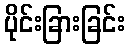
ပိုင်းခြားခြင်း